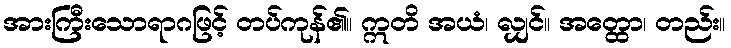
အားကြီးသောရာဂဖြင့် တပ်ကုန်၏။ ဣတိ အယံ၊ လျှင်။ အတ္ထော၊ တည်း။